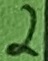
Text: 2